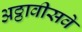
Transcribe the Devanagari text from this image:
अठ्ठावीसवे